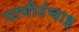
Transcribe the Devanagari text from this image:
पाणीटंचाइ